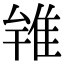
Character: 𨾰